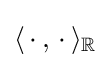
\langle \,\cdot \,,\,\cdot \,\rangle _{\mathbb {R} }